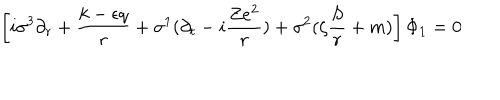
\left[ i \sigma ^ { 3 } \partial _ { r } + \frac { k - \epsilon q } r + \sigma ^ { 1 } ( \partial _ { t } - i \frac { Z e ^ { 2 } } r ) + \sigma ^ { 2 } ( \zeta \frac S r + m ) \right] \Phi _ { 1 } = 0